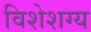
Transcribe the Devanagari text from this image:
विशेशग्य